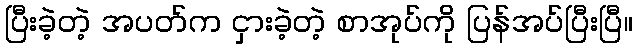
ပြီးခဲ့တဲ့ အပတ်က ငှားခဲ့တဲ့ စာအုပ်ကို ပြန်အပ်ပြီးပြီ။